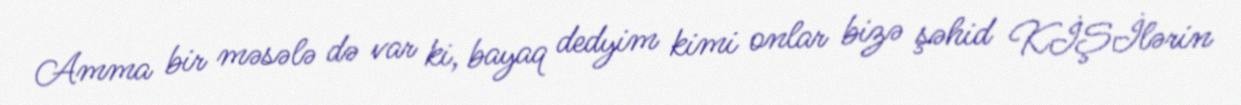
Amma bir məsələ də var ki, bayaq dedyim kimi onlar bizə şəhid KİŞİlərin